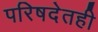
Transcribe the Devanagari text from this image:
परिषदेतही